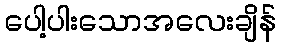
ပေါ့ပါးသောအလေးချိန်